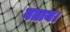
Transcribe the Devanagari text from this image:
बताय।